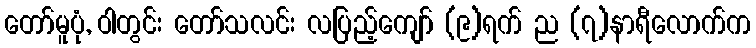
တော်မူပုံ, ဝါတွင်း တော်သလင်း လပြည့်ကျော် (၉)ရက် ည (၇)နာရီလောက်က